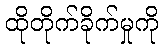
ထိုတိုက်ခိုက်မှုကို